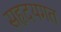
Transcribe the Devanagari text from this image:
सहृदयगत